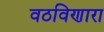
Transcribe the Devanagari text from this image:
वठविणारा